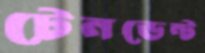
টেনডেন্ট